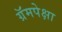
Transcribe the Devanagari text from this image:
ग्रॅमपेक्षा